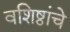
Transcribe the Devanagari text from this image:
वशिष्ठांचे